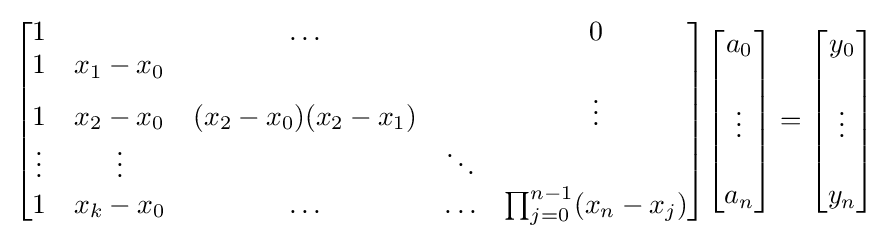
{\begin{bmatrix}1&&\ldots &&0\\1&x_{1}-x_{0}&&&\\1&x_{2}-x_{0}&(x_{2}-x_{0})(x_{2}-x_{1})&&\vdots \\\vdots &\vdots &&\ddots &\\1&x_{k}-x_{0}&\ldots &\ldots &\prod _{j=0}^{n-1}(x_{n}-x_{j})\end{bmatrix}}{\begin{bmatrix}a_{0}\\\\\vdots \\\\a_{n}\end{bmatrix}}={\begin{bmatrix}y_{0}\\\\\vdots \\\\y_{n}\end{bmatrix}}